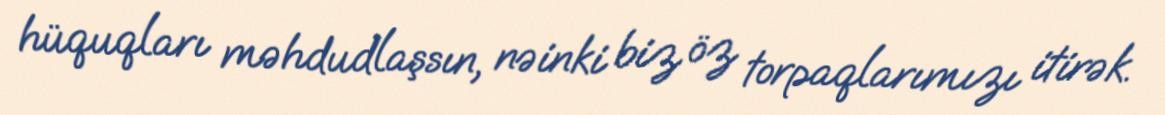
hüquqları məhdudlaşsın, nəinki biz öz torpaqlarımızı itirək.